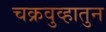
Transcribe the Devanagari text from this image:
चक्रवुव्हातुन